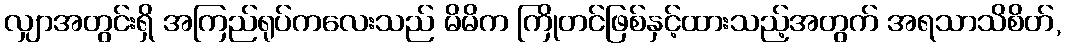
လျှာအတွင်းရှိ အကြည်ရုပ်ကလေးသည် မိမိက ကြိုတင်ဖြစ်နှင့်ထားသည့်အတွက် အရသာသိစိတ်,